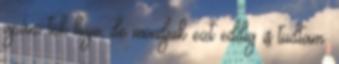
apám tök hüje, de mondjuk ezt eddig is tudtam.